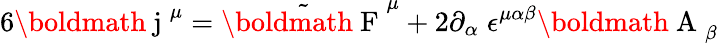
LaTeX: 6\mathrm{\boldmath~j~}^{\mu}=\tilde{\mathrm{\boldmath~F~}}^{\mu}+2\partial_{\alpha}\; \epsilon^{\mu\alpha\beta}\mathrm{\boldmath~A~}_{\beta}